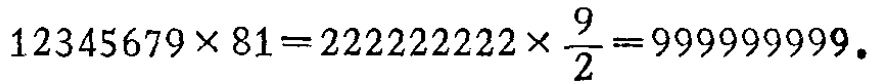
\(12345679\times 81 = 222222222\times\frac{9}{2}=999999999。\)